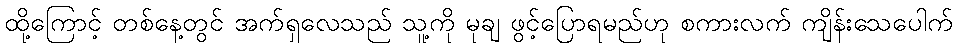
ထို့ကြောင့် တစ်နေ့တွင် အက်ရှလေသည် သူ့ကို မုချ ဖွင့်ပြောရမည်ဟု စကားလက် ကျိန်းသေပေါက်